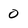
Character: 0